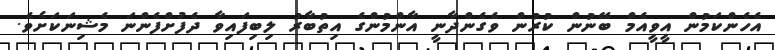
އެހެންކަމުން އީވީއެމް ބޭނުން ކުރުން ވެގެންދާނީ އާންމުންގެ އިތުބާރު ލިބިފައިވާ ދެފުށްފެންނަ މެޝިނަކަށެވެ.